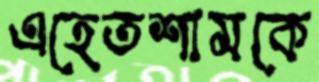
এহেতশামকে